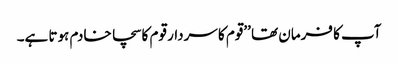
آپ کا فرمان تھا ’’قوم کا سردار قوم کا سچا خادم ہوتا ہے۔